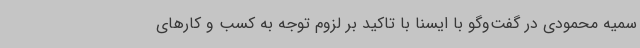
سمیه محمودی در گفت‌وگو با ایسنا با تاکید بر لزوم توجه به کسب و کارهای